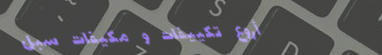
أروع تكييفات و مكيفات سبل